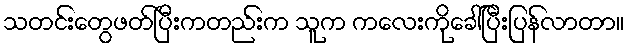
သတင်းတွေဖတ်ပြီးကတည်းက သူက ကလေးကိုခေါ်ပြီးပြန်လာတာ။